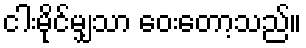
ငါးမိုင်မျှသာ ဝေးတော့သည်။